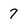
Character: 7